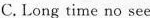
C. Long time no see